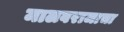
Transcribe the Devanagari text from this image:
मालवराजाचा